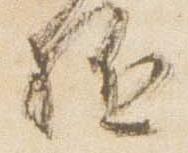
駈